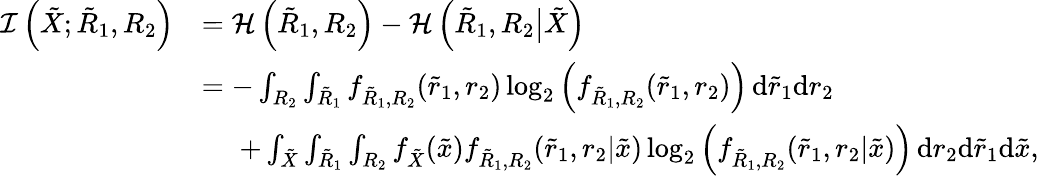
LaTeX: \begin{array}{rl}{\mathcal{I}\left({{\tilde{X}}};{{{\tilde{R}}}_{1}},{{{R}}_{2}}\right)}&{=\mathcal{H}\left({{{\tilde{R}}}_{1}},{{{R}}_{2}}\right)-\mathcal{H}\left({{{\tilde{R}}}_{1}},{{{R}}_{2}}\big|{{\tilde{X}}}\right)}\\ &{=-\int_{{{{R}}_{2}}}\int_{{{{\tilde{R}}}_{1}}}f_{{{{\tilde{R}}}_{1}},{{{R}}_{2}}}({{{\tilde{r}}}_{1}},{{{r}}_{2}})\log_{2}\left(f_{{{{\tilde{R}}}_{1}},{{{R}}_{2}}}({{{\tilde{r}}}_{1}},{{{r}}_{2}})\right)\, \mathrm{d}{{{\tilde{r}}}_{1}}\mathrm{d}{{{r}}_{2}}}\\ &{\, \, \, \, \, \, \, \, +\int_{{{\tilde{X}}}}\int_{{{\tilde{R}_{1}}}}\int_{{{{R_{2}}}}}f_{{{\tilde{X}}}}(\tilde{x})f_{{{\tilde{R}}_{1}},{{{R_{2}}}}}(\tilde{r}_{1},{r_{2}}|\tilde{x})\log_{2}\left(f_{{{\tilde{R}_{1}}},{{{R_{2}}}}}(\tilde{r}_{1},{r_{2}}|\tilde{x})\right)\, \mathrm{d}{r_{2}}\mathrm{d}\tilde{r}_{1}\mathrm{d}\tilde{x},}\end{array}